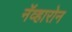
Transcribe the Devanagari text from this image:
नॅव्हारोन